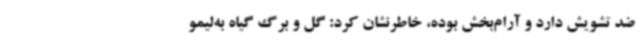
ضد تشویش دارد و آرام‌بخش بوده، خاطرنشان کرد: گل و برگ گیاه به‌لیمو